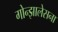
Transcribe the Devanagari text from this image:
गोन्झालेसना